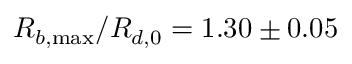
R _ { b , \operatorname* { m a x } } / R _ { d , 0 } = 1 . 3 0 \pm 0 . 0 5